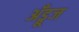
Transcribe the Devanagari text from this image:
अँड्रूज